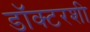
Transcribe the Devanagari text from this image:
डॉक्टरशी